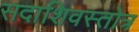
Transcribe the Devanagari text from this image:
सदाशिवस्तोत्र